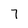
Character: 7